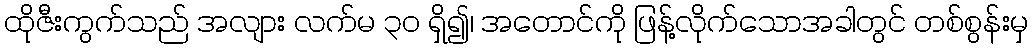
ထိုဇီးကွက်သည် အလျား လက်မ ၃၀ ရှိ၍၊ အတောင်ကို ဖြန့်လိုက်သောအခါတွင် တစ်စွန်းမှ